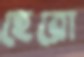
ছেরো